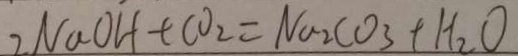
2 N a O H + C O _ { 2 } = N a _ { 2 } C O _ { 3 } + H _ { 2 } O